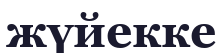
жүйекке